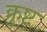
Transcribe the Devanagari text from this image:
क्रुष्ट